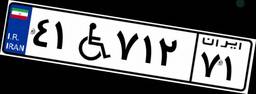
۴۱W۷۱۲۷۱